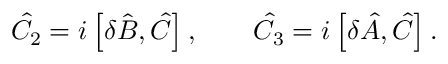
{ \hat { C } } _ { 2 } = i \left[ \delta { \hat { B } } , { \hat { C } } \right] , \qquad { \hat { C } } _ { 3 } = i \left[ \delta { \hat { A } } , { \hat { C } } \right] .